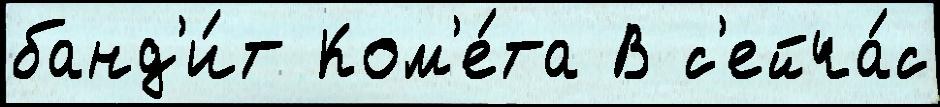
банд'и́т Ком'е́та В с'ейча́с